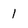
Character: l